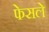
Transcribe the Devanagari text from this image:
फेसले